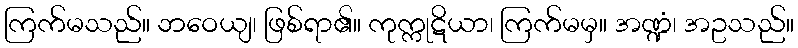
ကြက်မသည်။ ဘဝေယျ၊ ဖြစ်ရာ၏။ ကုက္ကုဋိယာ၊ ကြက်မမှ။ အဏ္ဍံ၊ အဥသည်။